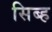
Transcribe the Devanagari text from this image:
सिब्ह